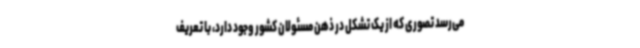
می‌رسد تصوری که از یک تشکل در ذهن مسئولان کشور وجود دارد، با تعریف